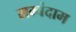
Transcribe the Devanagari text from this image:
सम्बंदाम